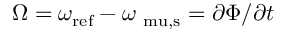
\Omega = \omega _ { \mathrm { r e f } } - \omega _ { \mathrm { \ m u , s } } = \partial \Phi / \partial t